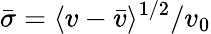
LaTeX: \bar{\sigma}=\langle v-\bar{v}\rangle^{1/2}/v_{0}